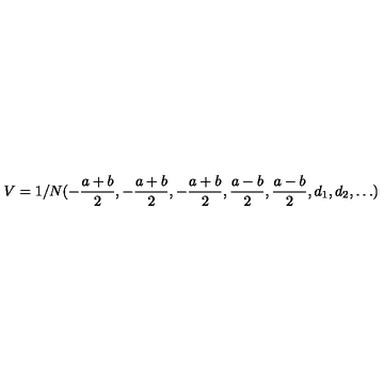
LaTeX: V = 1 / N ( - \frac { a + b } 2 , - \frac { a + b } 2 , - \frac { a + b } 2 , \frac { a - b } 2 , \frac { a - b } 2 , d _ { 1 } , d _ { 2 } , \dots )